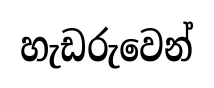
හැඩරුවෙන්